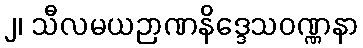
၂၊ သီလမယဉာဏနိဒ္ဒေသဝဏ္ဏနာ